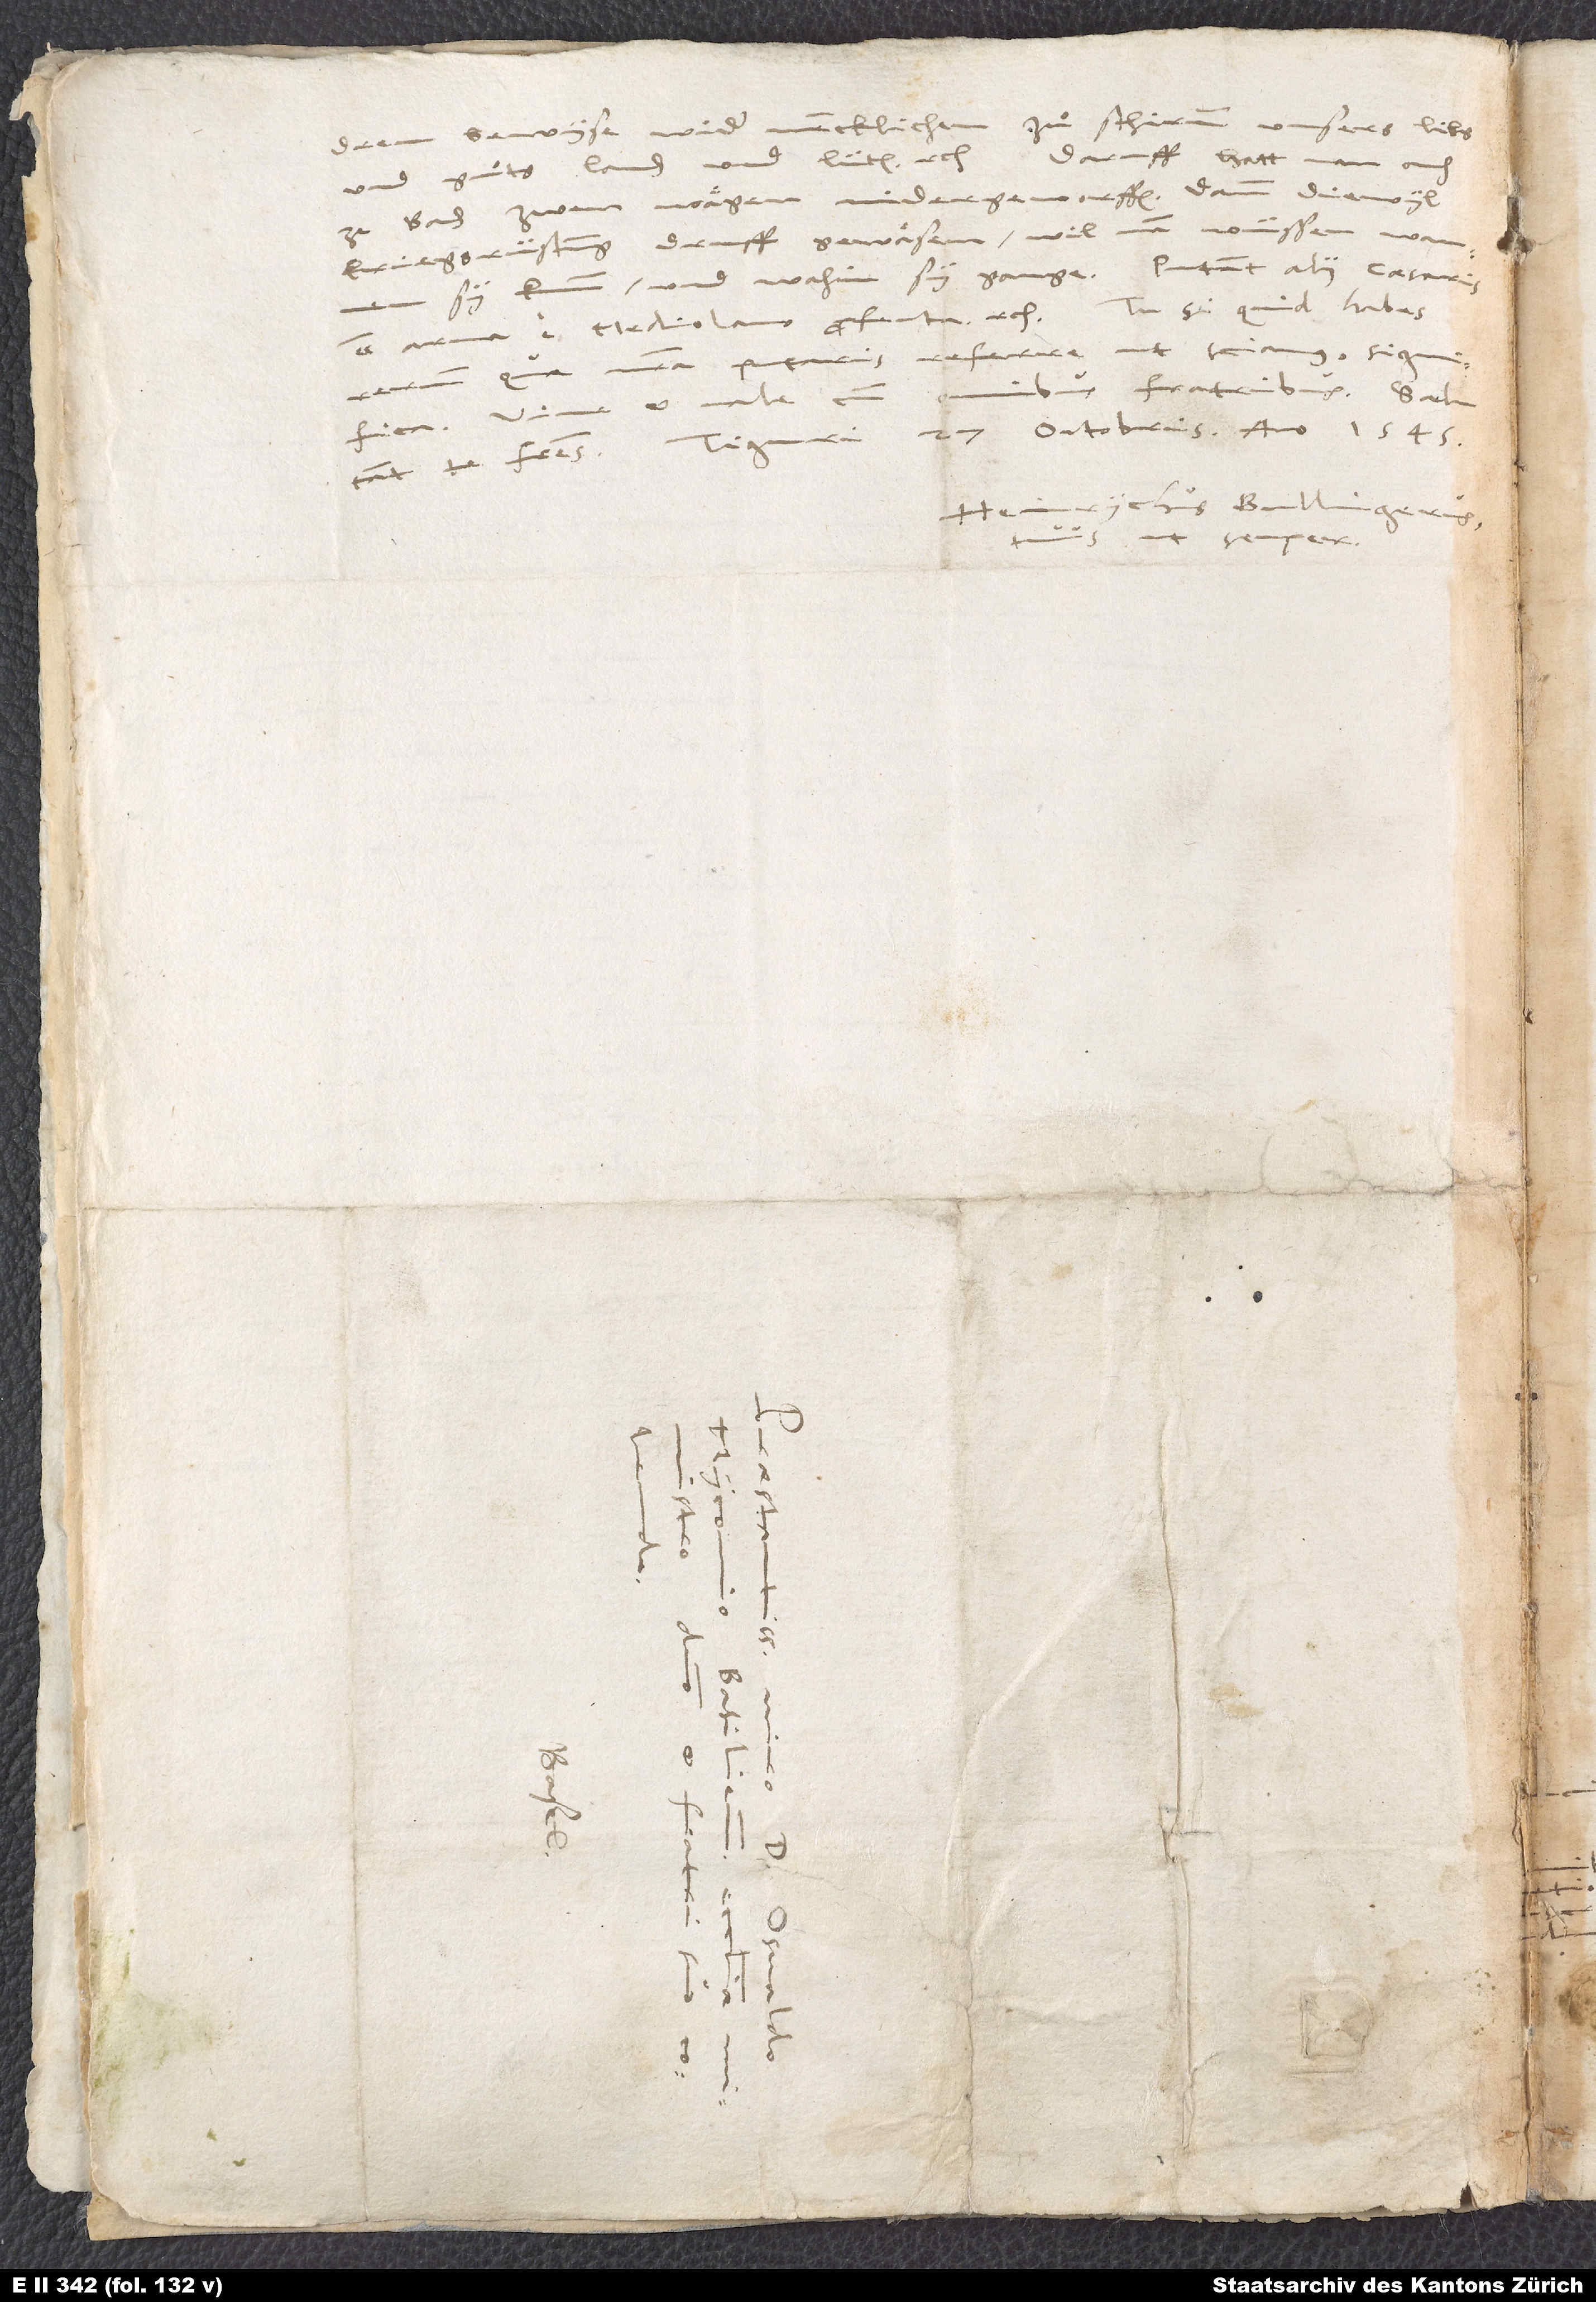
ren bewyse wider mencklichen zuͦ schirmm unsers libs
und guͦts, landen und lüten, etc. Daruff hatt man ouch
ze Baden zwen waͤgen nidergeworffen; dann, diewyl
kriegsrüstung druff gewaͤsen, wil man wüssen, wannen
sy kumm und wahin sy gange. Putant alii caesaris
esse arma e Mediolano profecta, etc. Tu, si quid habes
rerum, quae nostra putaris referre, ut sciamus, significa.
omnibus fratribus; salutant
Vive et vale cum
te fratres. Tiguri, 27. octobris anno 1545.
Heinrychus Bullingerus
tuus ut semper.